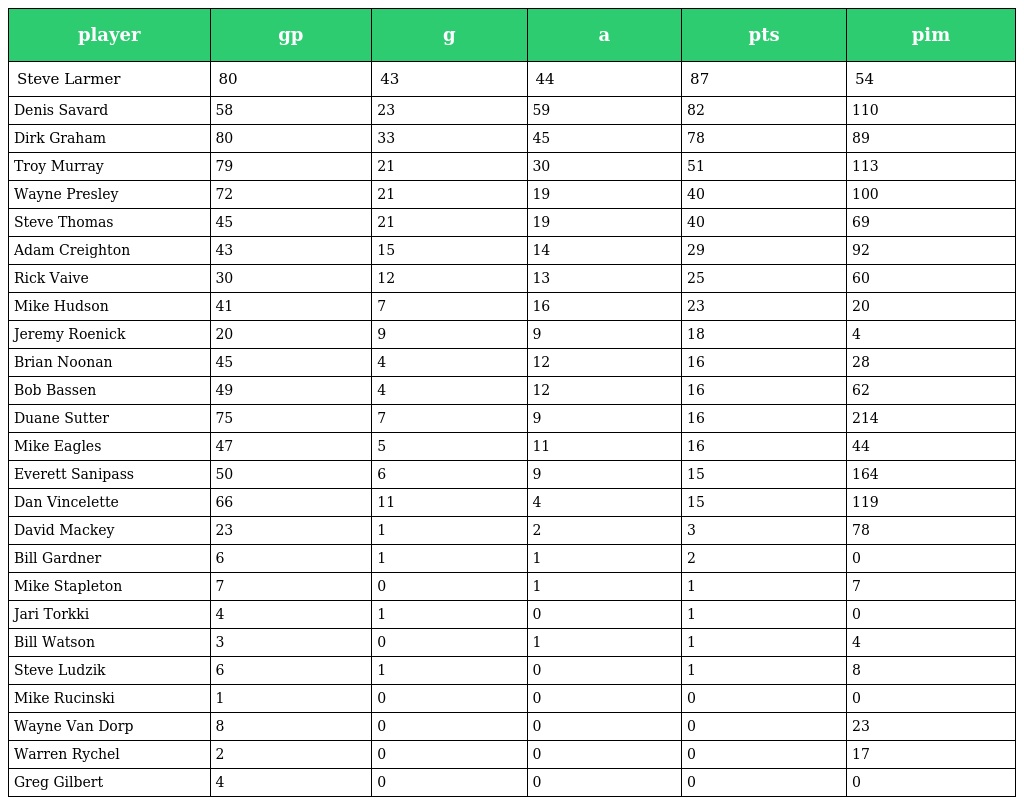
| player | gp | g | a | pts | pim |
 | --- | --- | --- | --- | --- | --- |
 | Steve Larmer | 80 | 43 | 44 | 87 | 54 |
 | Denis Savard | 58 | 23 | 59 | 82 | 110 |
 | Dirk Graham | 80 | 33 | 45 | 78 | 89 |
 | Troy Murray | 79 | 21 | 30 | 51 | 113 |
 | Wayne Presley | 72 | 21 | 19 | 40 | 100 |
 | Steve Thomas | 45 | 21 | 19 | 40 | 69 |
 | Adam Creighton | 43 | 15 | 14 | 29 | 92 |
 | Rick Vaive | 30 | 12 | 13 | 25 | 60 |
 | Mike Hudson | 41 | 7 | 16 | 23 | 20 |
 | Jeremy Roenick | 20 | 9 | 9 | 18 | 4 |
 | Brian Noonan | 45 | 4 | 12 | 16 | 28 |
 | Bob Bassen | 49 | 4 | 12 | 16 | 62 |
 | Duane Sutter | 75 | 7 | 9 | 16 | 214 |
 | Mike Eagles | 47 | 5 | 11 | 16 | 44 |
 | Everett Sanipass | 50 | 6 | 9 | 15 | 164 |
 | Dan Vincelette | 66 | 11 | 4 | 15 | 119 |
 | David Mackey | 23 | 1 | 2 | 3 | 78 |
 | Bill Gardner | 6 | 1 | 1 | 2 | 0 |
 | Mike Stapleton | 7 | 0 | 1 | 1 | 7 |
 | Jari Torkki | 4 | 1 | 0 | 1 | 0 |
 | Bill Watson | 3 | 0 | 1 | 1 | 4 |
 | Steve Ludzik | 6 | 1 | 0 | 1 | 8 |
 | Mike Rucinski | 1 | 0 | 0 | 0 | 0 |
 | Wayne Van Dorp | 8 | 0 | 0 | 0 | 23 |
 | Warren Rychel | 2 | 0 | 0 | 0 | 17 |
 | Greg Gilbert | 4 | 0 | 0 | 0 | 0 |